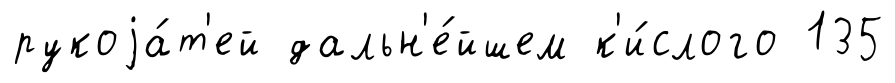
рукоjа́т'ей дальн'е́йшем к'и́слого 135